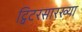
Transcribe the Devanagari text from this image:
ट्विटरसारख्या